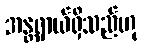
အန္တရာယ်ရှိသည်ဟု